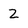
Character: 2